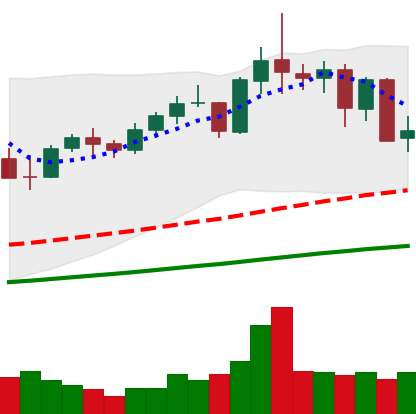
Ticker: NEO-USD
Chart end date: 2021-05-13
Forward return: -9.304%
Label: down_7plus